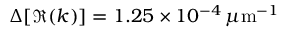
\Delta [ \Re ( k ) ] = 1 . 2 5 \times 1 0 ^ { - 4 } \, { \mu \mathrm { m } } ^ { - 1 }